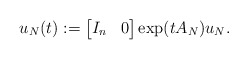
\begin{align*} u_N(t) := \begin{bmatrix} I_n & 0 \end{bmatrix} \exp(t A_N) u_N.\end{align*}